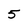
Character: 5